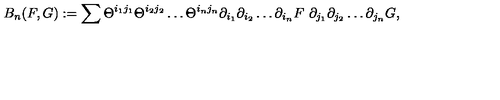
B _ { n } ( F , G ) : = \sum \Theta ^ { i _ { 1 } j _ { 1 } } \Theta ^ { i _ { 2 } j _ { 2 } } \dots \Theta ^ { i _ { n } j _ { n } } \partial _ { i _ { 1 } } \partial _ { i _ { 2 } } \dots \partial _ { i _ { n } } F \ \partial _ { j _ { 1 } } \partial _ { j _ { 2 } } \dots \partial _ { j _ { n } } G ,